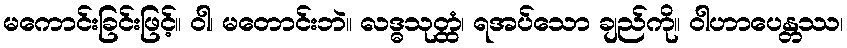
မကောင်းခြင်းဖြင့်။ ဝါ၊ မတောင်းဘဲ။ လဒ္ဓသုတ္ထံ၊ ရအပ်သော ချည်ကို။ ဝါဟာပေန္တဿ၊